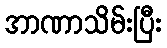
အာဏာသိမ်းပြီး